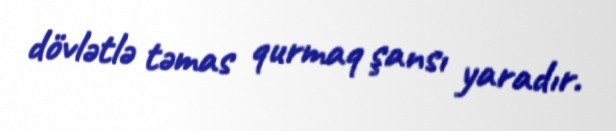
dövlətlə təmas qurmaq şansı yaradır.